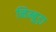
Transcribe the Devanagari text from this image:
निम्बुड़ा